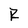
Character: R